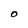
Character: O